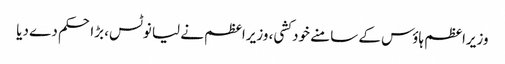
وزیراعظم ہاؤس کے سامنے خود کشی، وزیراعظم نے لیا نوٹس، بڑا حکم دے دیا